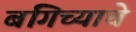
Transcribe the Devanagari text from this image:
बगिच्याचे